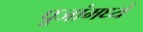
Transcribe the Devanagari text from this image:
पूजांमध्ये